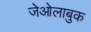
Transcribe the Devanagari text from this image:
जेओलाबुक